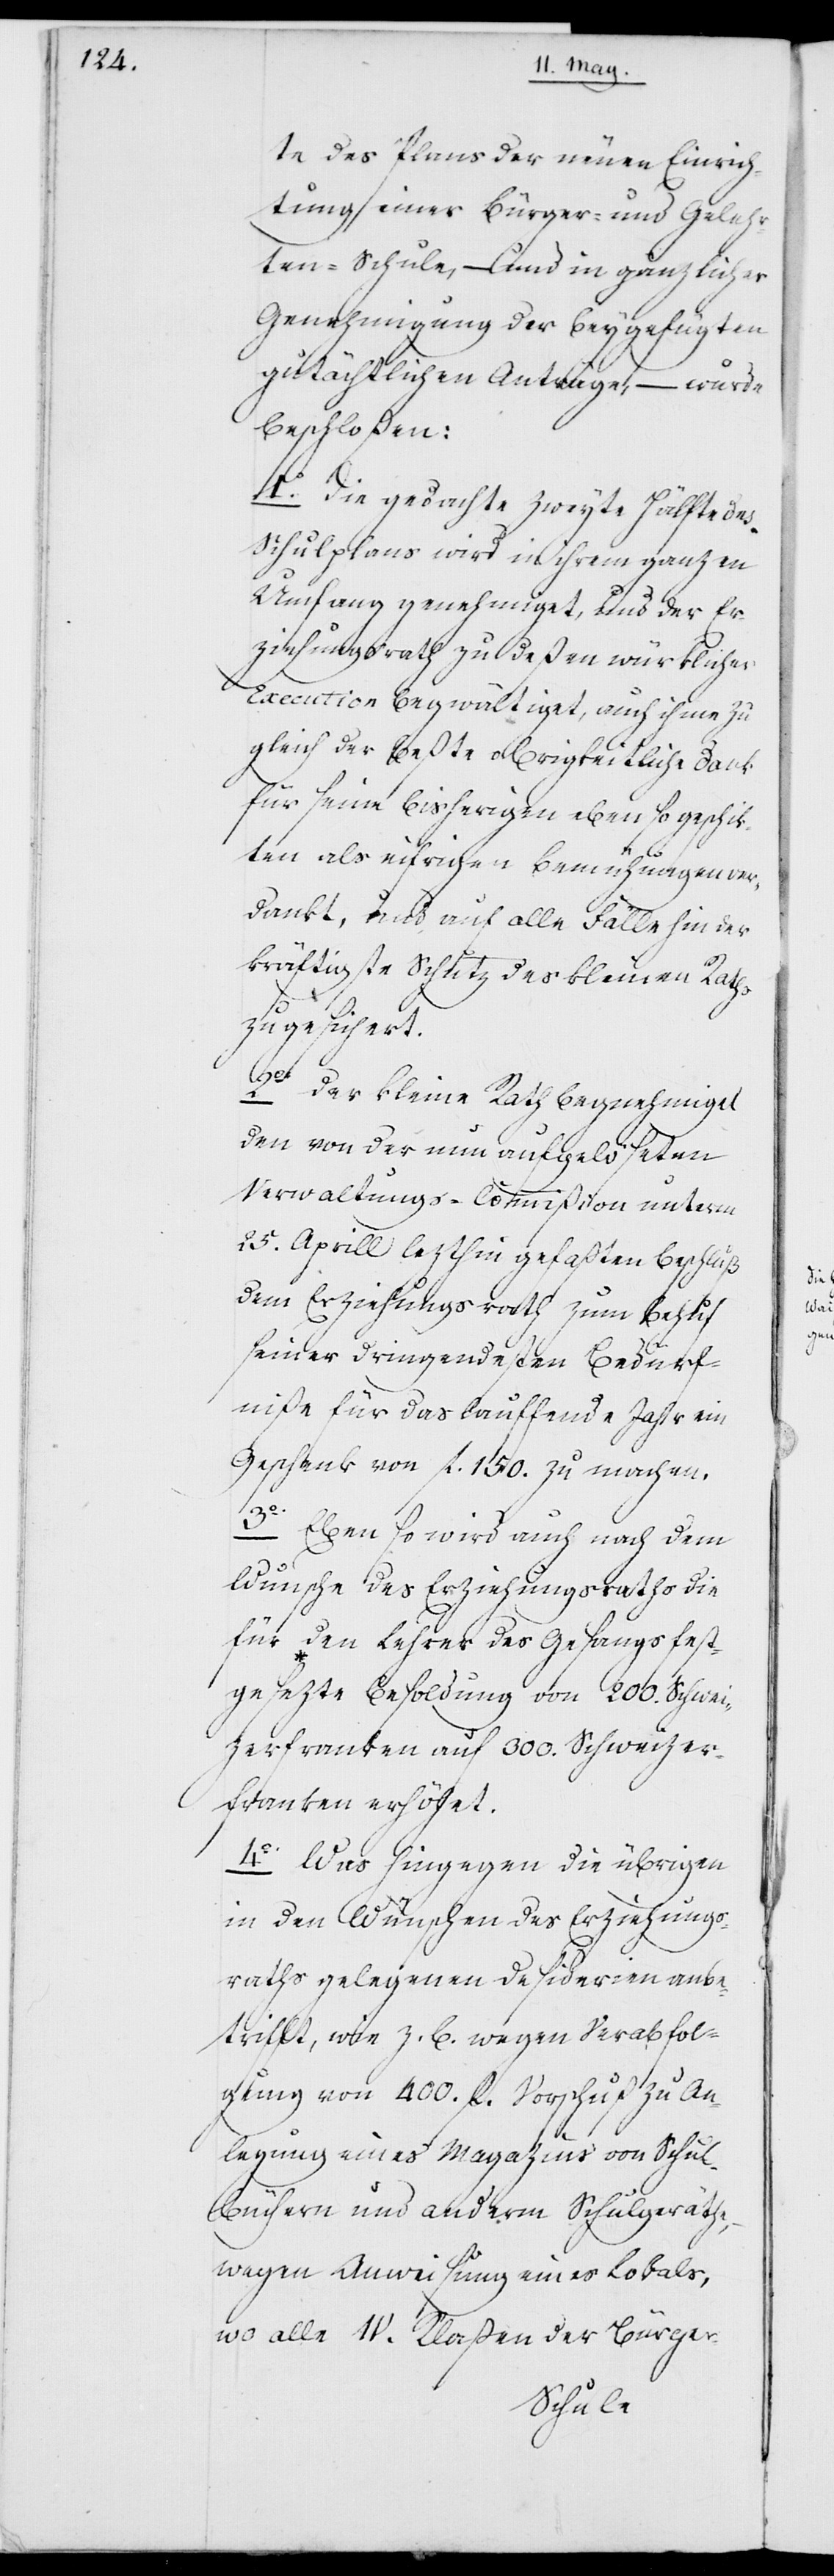
te des Plans der neuen Einrich¬
tung einer Bürger- und Gelehr¬
ten-Schule, – und in gänzlicher
Genehmigung der beygefügten
gutächtlichen Anträge, – wurde
beschloßen:
1o Die gedachte zweyte Hälfte des
Schulplans wird in ihrem ganzen
Umfang genehmiget, und der Er¬
ziehungsrath zu deßen würklicher
Execution begwältiget, auch ihme zu¬
gleich der beßte obrigkeitliche Dank
für seine bisherigen, eben so geschik¬
ten als eifrigen Bemühungen ver¬
dankt, und auf alle Fälle hin der
kräftigste Schutz des Kleinen Raths
zugesichert.
2o Der Kleine Rath begnehmiget
den von der nun aufgelöseten
Verwaltungs-Commißion unterm
25. Aprill lezthin gefaßten Beschluß
dem Erziehungsrath zum Behuf
seiner dringendsten Bedürf¬
niße für das laufende Jahr ein
Geschenk von fl. 150. zu machen.
3o Ebenso wird auch nach dem
Wunsche des Erziehungsrathes die
für den Lehrer des Gesangs fest¬
gesezte Besoldung von 200. Schwei¬
zerfranken auf 300. Schweizer¬
franken erhöhet.
4o Was hingegen die übrigen
in den Wünschen des Erziehungs¬
raths gelegenen Desiderien anbe¬
trifft, wie z. B. wegen Verabfol¬
gung von 400. fl. Vorschuß zu An¬
legung eines Magazins von Schul¬
büchern und anderm Schulgerät
wegen Anweisung eines Lokals,
wo alle IV. Klaßen der Bürger-